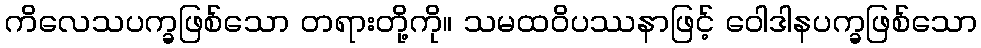
ကိလေသပက္ခဖြစ်သော တရားတို့ကို။ သမထဝိပဿနာဖြင့် ဝေါဒါနပက္ခဖြစ်သော